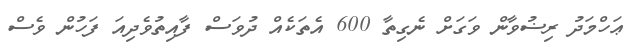
ޢަހްމަދު ރިޟުވާން ވަގަށް ނެގިތާ 600 އެތަކެއް ދުވަސް ފާއިތުވެދިއަ ފަހުން ވެސް